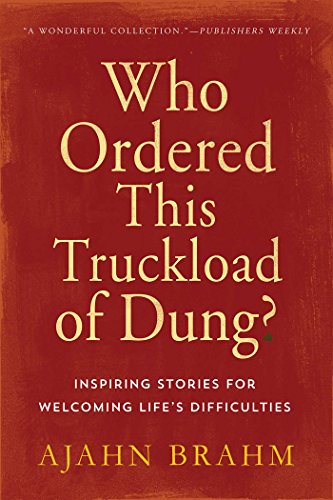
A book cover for Who Ordered This Truckload of Dung?: Inspiring Stories for Welcoming Life's Difficulties; Ajahn Brahm; Humor & Entertainment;